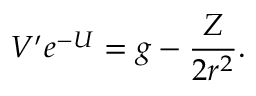
V ^ { \prime } e ^ { - U } = g - \frac { Z } { 2 r ^ { 2 } } .